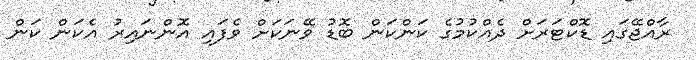
ރާއްޖޭގައި ޑޮކްޓަރަށް ދެއްކުމުގެ ކަންކަން ބޮޑު ވޭނަކަށް ވެފައި އޮންނައިރު އެކަން ކަން